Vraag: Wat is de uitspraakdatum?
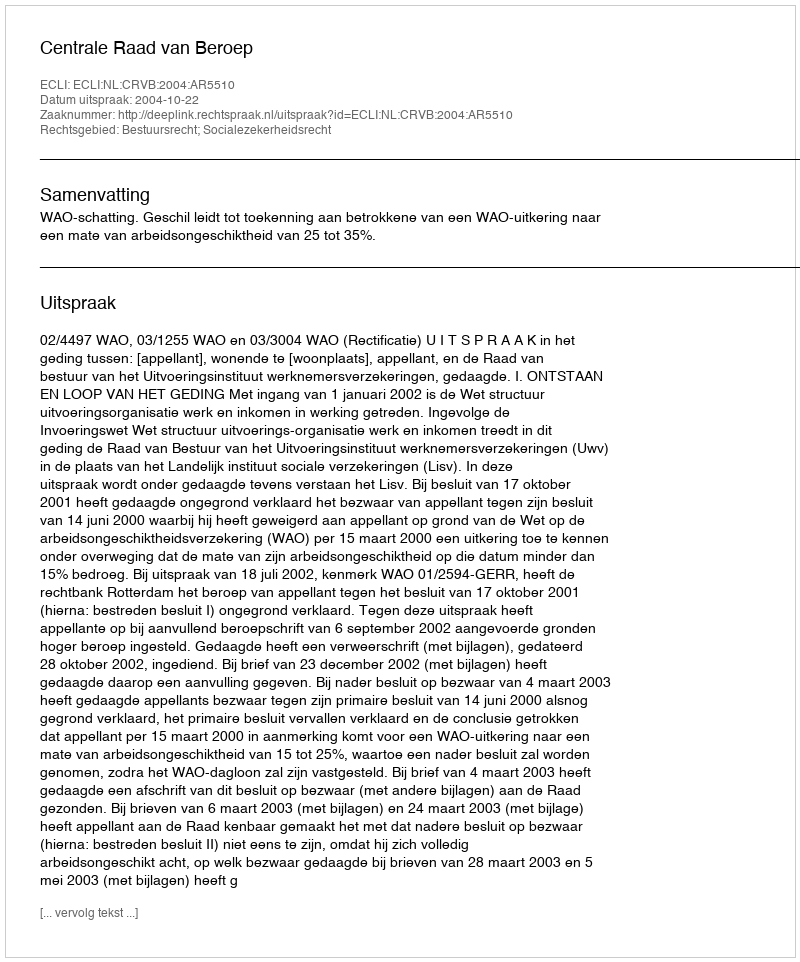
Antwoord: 2004-10-22